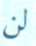
لن